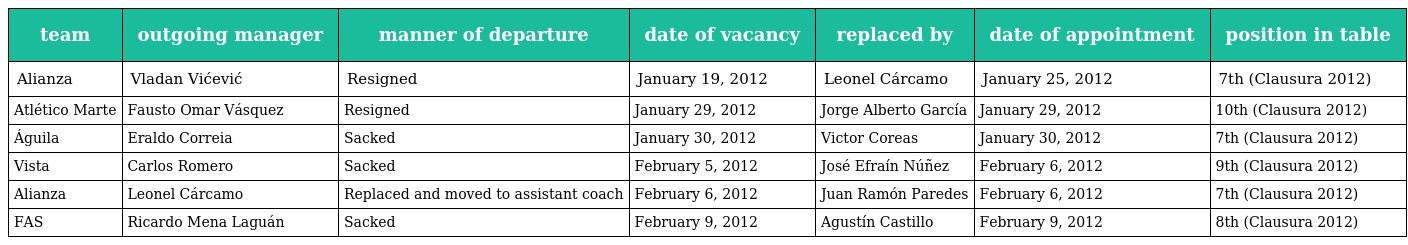
| team | outgoing manager | manner of departure | date of vacancy | replaced by | date of appointment | position in table |
 | --- | --- | --- | --- | --- | --- | --- |
 | Alianza | Vladan Vićević | Resigned | January 19, 2012 | Leonel Cárcamo | January 25, 2012 | 7th (Clausura 2012) |
 | Atlético Marte | Fausto Omar Vásquez | Resigned | January 29, 2012 | Jorge Alberto García | January 29, 2012 | 10th (Clausura 2012) |
 | Águila | Eraldo Correia | Sacked | January 30, 2012 | Victor Coreas | January 30, 2012 | 7th (Clausura 2012) |
 | Vista | Carlos Romero | Sacked | February 5, 2012 | José Efraín Núñez | February 6, 2012 | 9th (Clausura 2012) |
 | Alianza | Leonel Cárcamo | Replaced and moved to assistant coach | February 6, 2012 | Juan Ramón Paredes | February 6, 2012 | 7th (Clausura 2012) |
 | FAS | Ricardo Mena Laguán | Sacked | February 9, 2012 | Agustín Castillo | February 9, 2012 | 8th (Clausura 2012) |